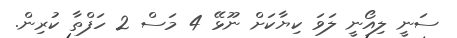
ސަނީ ލިއޯނީ ލަވަ ކިޔާކަށް ނޫޅޭ 4 މަސް 2 ހަފްތާ ކުރިން.